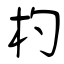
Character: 杓